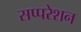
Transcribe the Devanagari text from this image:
सप्परेशन